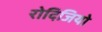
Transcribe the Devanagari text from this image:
रोदिजियो